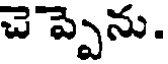
చెప్పెను.